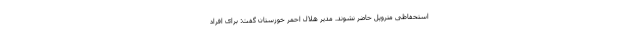
استحفاظی متروپل حاضر نشوند. مدیر هلال احمر خوزستان گفت: برای افراد